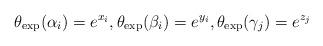
LaTeX: \begin{align*}\theta_{\exp}(\alpha_i) = e^{x_i}, \theta_{\exp}(\beta_i) = e^{y_i}, \theta_{\exp}(\gamma_j) = e^{z_j}\end{align*}